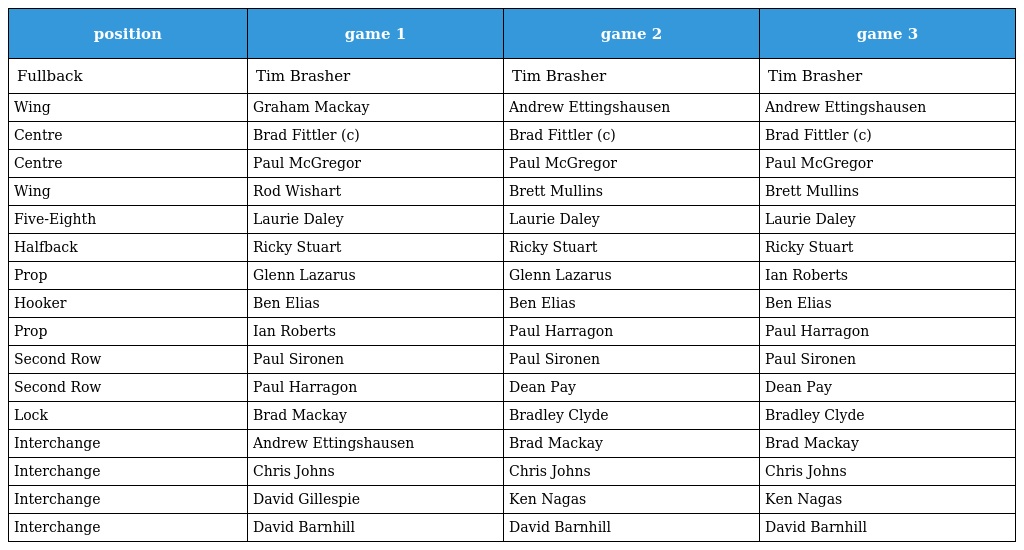
| position | game 1 | game 2 | game 3 |
 | --- | --- | --- | --- |
 | Fullback | Tim Brasher | Tim Brasher | Tim Brasher |
 | Wing | Graham Mackay | Andrew Ettingshausen | Andrew Ettingshausen |
 | Centre | Brad Fittler (c) | Brad Fittler (c) | Brad Fittler (c) |
 | Centre | Paul McGregor | Paul McGregor | Paul McGregor |
 | Wing | Rod Wishart | Brett Mullins | Brett Mullins |
 | Five-Eighth | Laurie Daley | Laurie Daley | Laurie Daley |
 | Halfback | Ricky Stuart | Ricky Stuart | Ricky Stuart |
 | Prop | Glenn Lazarus | Glenn Lazarus | Ian Roberts |
 | Hooker | Ben Elias | Ben Elias | Ben Elias |
 | Prop | Ian Roberts | Paul Harragon | Paul Harragon |
 | Second Row | Paul Sironen | Paul Sironen | Paul Sironen |
 | Second Row | Paul Harragon | Dean Pay | Dean Pay |
 | Lock | Brad Mackay | Bradley Clyde | Bradley Clyde |
 | Interchange | Andrew Ettingshausen | Brad Mackay | Brad Mackay |
 | Interchange | Chris Johns | Chris Johns | Chris Johns |
 | Interchange | David Gillespie | Ken Nagas | Ken Nagas |
 | Interchange | David Barnhill | David Barnhill | David Barnhill |